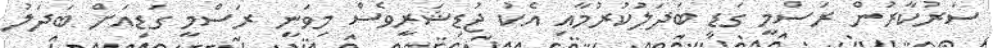
ސަރުކާރުން ރަސްމީ ގަޑި ބަދަލުކުރުމާއި އެކު ޖުޑިޝަރީވެސް މިވަނީ ރަސްމީ ގަޑިއަށް ބަދަލު